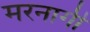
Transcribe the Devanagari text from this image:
मरनागी